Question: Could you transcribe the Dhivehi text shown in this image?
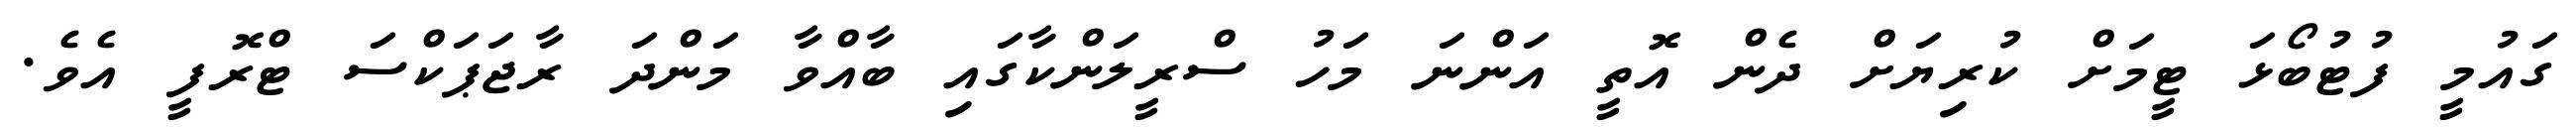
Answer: ގައުމީ ފުޓުބޯޅަ ޓީމަށް ކުރިޔަށް ދެން އޮތީ އަންނަ މަހު ސްރީލަންކާގައި ބާއްވާ މަންދަ ރާޖަޕަކްސަ ޓްރޮފީ އެވެ.